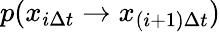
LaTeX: p(x_{i\Delta t}\to x_{(i+1)\Delta t})